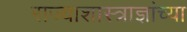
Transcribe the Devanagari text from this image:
राज्याशास्त्राज्ञांच्या